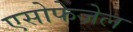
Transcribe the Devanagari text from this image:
एसोफेजेल